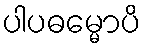
ပါပဓမ္မောပိ